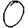
Digit: 0